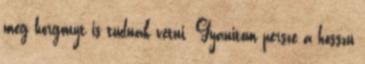
meg horgonyt is tudnak vetni. Gyanitom persze a hosszu